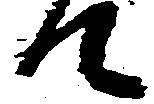
て